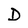
Character: D